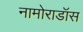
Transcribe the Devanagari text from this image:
नामोराडॉस